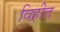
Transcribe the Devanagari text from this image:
विहीत